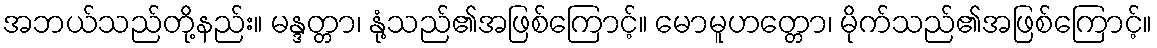
အဘယ်သည်တို့နည်း။ မန္ဒတ္တာ၊ နုံ့သည်၏အဖြစ်ကြောင့်။ မောမူဟတ္တော၊ မိုက်သည်၏အဖြစ်ကြောင့်။